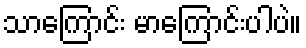
သာကြောင်း မာကြောင်းပါပဲ။